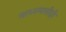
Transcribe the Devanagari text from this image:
माध्यमानीही